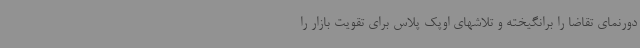
دورنمای تقاضا را برانگیخته و تلاشهای اوپک پلاس برای تقویت بازار را